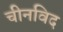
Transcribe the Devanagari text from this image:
चीनविद